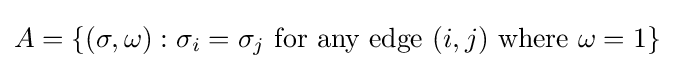
A=\{(\sigma ,\omega ):\sigma _{i}=\sigma _{j}{\text{ for any edge }}(i,j){\text{ where }}\omega =1\}